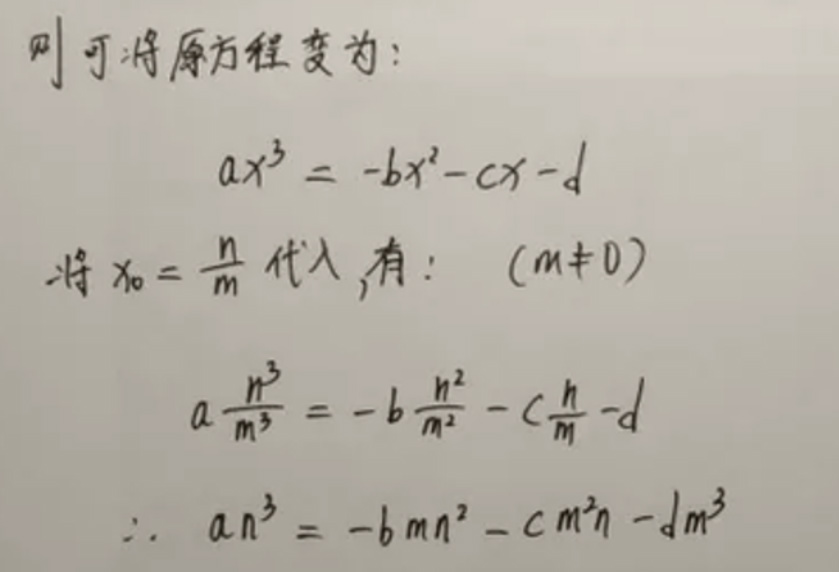
则可将原方程变为：
\[
ax^{3}=-bx^{2}-cx - d
\]
将 \(x_{0}=\frac{n}{m}\) 代入，有：\((m\neq0)\)
\[
a\frac{n^{3}}{m^{3}}=-b\frac{n^{2}}{m^{2}}-c\frac{n}{m}-d
\]
\[
\therefore an^{3}=-bmn^{2}-cm^{2}n - dm^{3}
\]